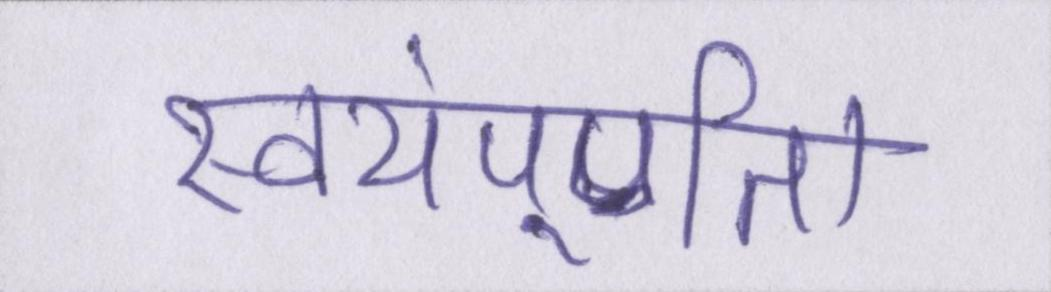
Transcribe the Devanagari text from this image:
स्वयंपूर्णता